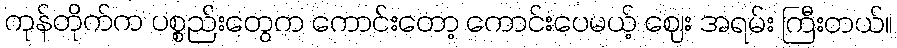
ကုန်တိုက်က ပစ္စည်းတွေက ကောင်းတော့ ကောင်းပေမယ့် ဈေး အရမ်း ကြီးတယ်။